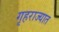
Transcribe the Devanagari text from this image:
गृहराज्यात